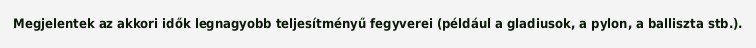
Megjelentek az akkori idők legnagyobb teljesítményű fegyverei (például a gladiusok, a pylon, a balliszta stb.).